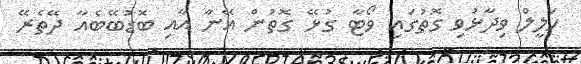
ހަލީލް ވިދާޅުވި ގޮތުގައި ވޯޓާ ގުޅޭ ގޮތުން އޭނާ އާއި ބޮޑުބޭބެއާ ދޭތެރޭ